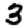
Digit: 3